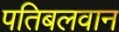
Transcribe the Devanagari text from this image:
पतिबलवान